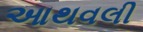
આથવલી